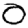
Digit: 0